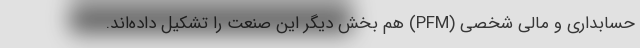
حسابداری و مالی شخصی (PFM) هم بخش دیگر این صنعت را تشکیل داده‌اند.